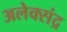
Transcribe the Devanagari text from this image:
अलेक्संद्र